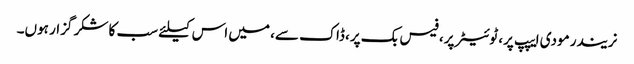
نریندر مودی ایپپ پر، ٹوئیٹر پر، فیس بک پر، ڈاک سے، میں اس کیلئے سب کا شکر گزار ہوں۔